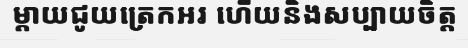
ម្តាយជូយត្រេកអរ ហើយនិងសប្បាយចិត្ត